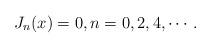
LaTeX: \begin{align*} J_n(x) = 0, n = 0,2,4,\cdots. \end{align*}